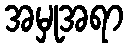
အမှုအရာ